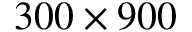
3 0 0 \times 9 0 0